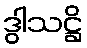
ဒွါသဋ္ဌိ